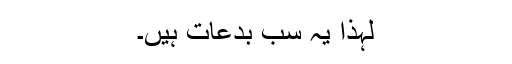
لہذا یہ سب بدعات ہیں۔